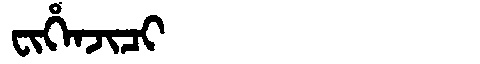
Manchu: ᠸᡳᡥᡝᠨᠵᡳᠴᡳ
Romanization: FIHENJICI